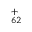
_ { 6 2 } ^ { + }